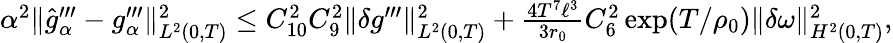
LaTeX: \begin{array}{r}{\alpha^{2}\Vert\widehat{g}_{\alpha}^{\prime\prime\prime}-g_{\alpha}^{\prime\prime\prime}\Vert_{L^{2}(0,T)}^{2}\leq C_{10}^{2}C_{9}^{2}\Vert\delta g^{\prime\prime\prime}\Vert_{L^{2}(0,T)}^{2}+\frac{4T^{7}\ell^{3}}{3r_{0}}C_{6}^{2}\exp(T/\rho_{0})\Vert\delta\omega\Vert_{H^{2}(0,T)}^{2},}\end{array}